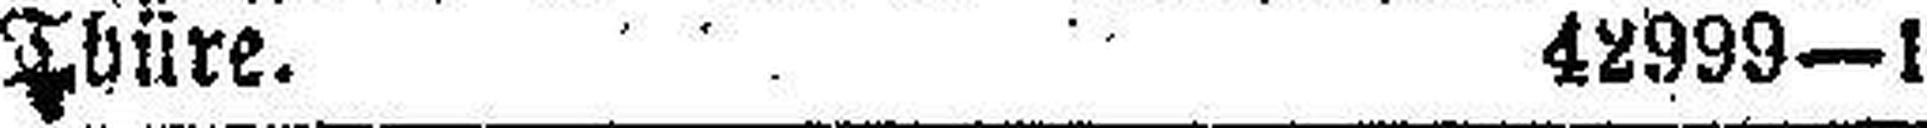
Thüre. 42999—1